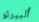
ألبيرتو